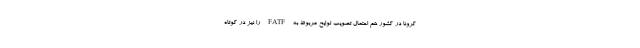
کرونا در کشور هم احتمال تصویب لوایح مربوط به FATF را نیز در کوتاه